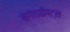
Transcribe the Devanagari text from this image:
मेगाडाईप्ट्स